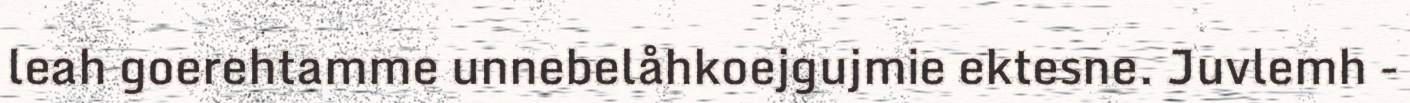
leah goerehtamme unnebelåhkoejgujmie ektesne. Juvlemh -